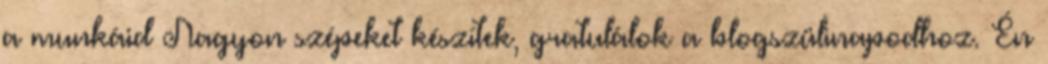
a munkáid Nagyon szépeket készítek, gratulálok a blogszülinapodhoz. Én